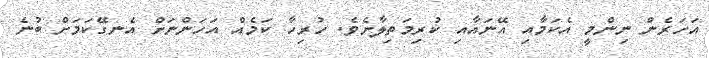
އަހަރެން ނިންމީ އެކަމާއި އޭނައާއި ކުރިމަތިލާށެވެ. ހުރިހާ ކަމެއް އަހަންނަށް އެނގޭކަމަށް ބުނެ